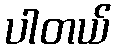
ပါတယ်